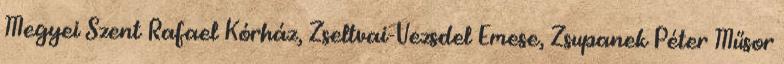
Megyei Szent Rafael Kórház, Zseltvai-Vezsdel Emese, Zsupanek Péter Műsor